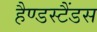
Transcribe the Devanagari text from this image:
हैण्डस्टैंडस